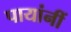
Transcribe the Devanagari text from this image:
पायांनीं